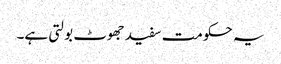
یہ حکومت سفید جھوٹ بولتی ہے۔